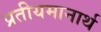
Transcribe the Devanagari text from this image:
प्रतीयमानार्थ